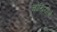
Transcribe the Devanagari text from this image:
चोखियाचे